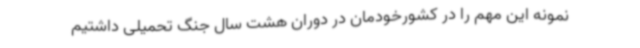
نمونه این مهم را در کشورخودمان در دوران هشت سال جنگ تحمیلی داشتیم